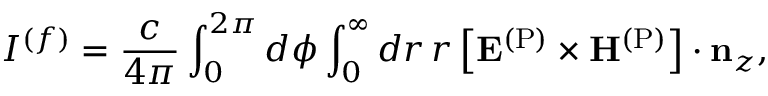
I ^ { ( f ) } = \frac { c } { 4 \pi } \int _ { 0 } ^ { 2 \pi } d \phi \int _ { 0 } ^ { \infty } d r \, r \left[ \mathbf { E } ^ { \mathrm { ( P ) } } \times \mathbf { H } ^ { \mathrm { ( P ) } } \right] \cdot \mathbf { n } _ { z } ,